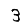
Digit: 3